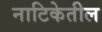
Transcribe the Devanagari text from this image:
नाटिकेतील